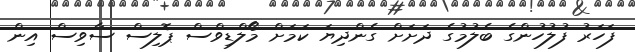
ފަހަރު ފުލުހުންގެ ބެލުމުގެ ދަށަށް ގެންދިޔަ ކަމަށް މޯލްޑިވްސް ޕޮލިސް ސާވިސް އިން